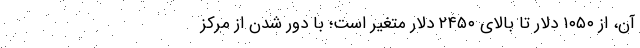
آن، از ۱۰۵۰ دلار تا بالای ۲۴۵۰ دلار متغیر است؛ با دور شدن از مرکز